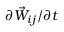
{ \partial \vec { W } _ { i j } } / { \partial t }